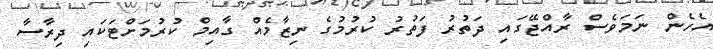
އެހެން ނަމަވެސް ރާއްޖޭގައި ދަތުރު ފަތުރު ކުރުމުގެ ނިޒާމެއް ގާއިމް ކުރުމަށްޓަކައި ދިރާސާ